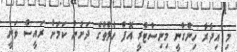
މި އިދާރާ ހިންގާނީ މިނިސްޓްރީ އޮފް ހެލްތްގެ ދަށުން ކަމަށް ރައީސް ވަނީ